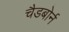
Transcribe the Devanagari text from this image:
चैडबोर्न